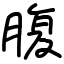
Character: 腹